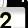
Digit: 2